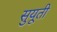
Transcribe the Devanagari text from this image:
सुयूती